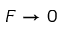
F \rightarrow 0